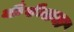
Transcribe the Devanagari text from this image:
कँपेन्सचा